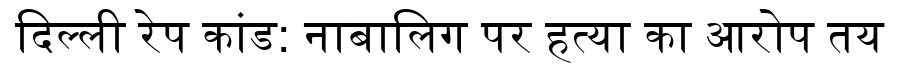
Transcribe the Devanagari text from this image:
दिल्ली रेप कांड: नाबालिग पर हत्या का आरोप तय